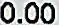
0.00